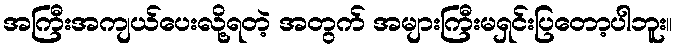
အကြီးအကျယ်ပေးလို့ရတဲ့ အတွက် အများကြီးမရှင်းပြတော့ပါဘူး။